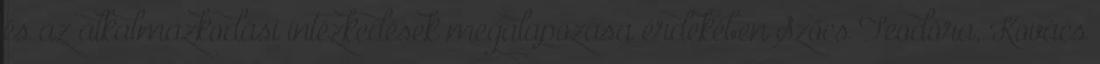
és az alkalmazkodási intézkedések megalapozása érdekében Szőcs Teodóra, Kovács